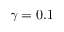
\gamma = 0 . 1